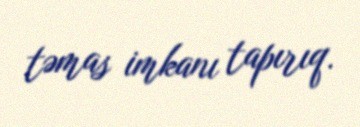
təmas imkanı tapırıq.